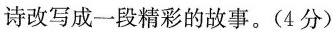
诗改写成一段精彩的故事。(4分)